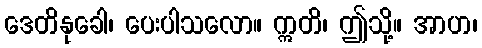
ဒေတိနုခေါ၊ ပေးပါသလော။ ဣတိ၊ ဤသို့။ အာဟ၊